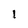
Character: 1